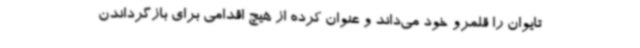
تایوان را قلمرو خود می‌داند و عنوان کرده از هیچ اقدامی برای بازگرداندن